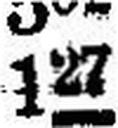
127